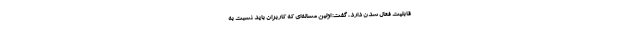
قابلیت فعال شدن دارد، گفت: اولین مساله‌ای که کاربران باید نسبت به